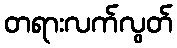
တရားလက်လွတ်